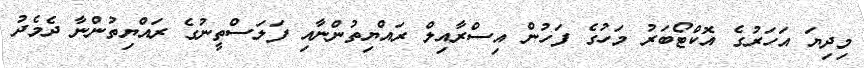
މިދިޔަ އަހަރުގެ އޮކްޓޯބަރު މަހުގެ ފަހުން އިސްރާއިލް ރައްޔިތުންނާއި ފަލަސްތީނުގެ ރައްޔިތުންނާ ދެމެދު